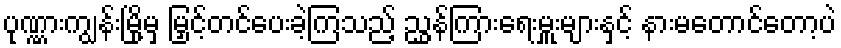
ပုဏ္ဏားကျွန်းမြို့မှ မြှင့်တင်ပေးခဲ့ကြသည့် ညွှန်ကြားရေးမှူးများနှင့် နားမတောင်တော့ပဲ